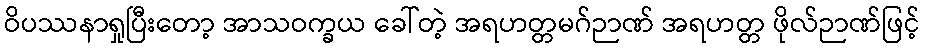
ဝိပဿနာရှုပြီးတော့ အာသဝက္ခယ ခေါ်တဲ့ အရဟတ္တမဂ်ဉာဏ် အရဟတ္တ ဖိုလ်ဉာဏ်ဖြင့်